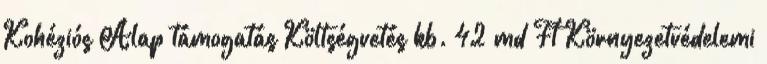
Kohéziós Alap támogatás Költségvetés kb. 42 md Ft Környezetvédelemi